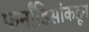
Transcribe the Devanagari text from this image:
फर्नांडिसांकडून